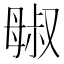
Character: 𬆷